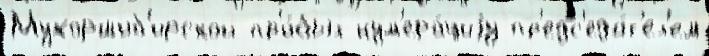
Мухоршиб'ирской пр'и́был нум'ера́циjу пр'едс'еда́т'ел'ем